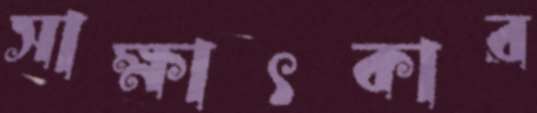
সাক্ষাৎকার